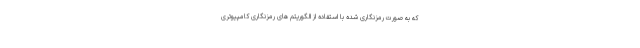
که به صورت رمزنگاری شده با استفاده از الگوریتم های رمزنگاری کامپیوتری